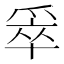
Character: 𰠄